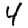
Digit: 4